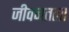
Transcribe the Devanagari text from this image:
जीवनतला